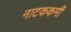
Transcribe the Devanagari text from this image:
नाटककर्मी